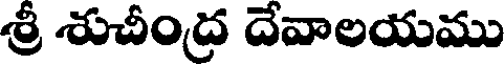
శ్రీ శుచీంద్ర దేవాలయము